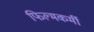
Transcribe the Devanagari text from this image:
फिल्मकर्मी